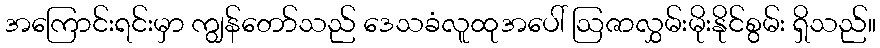
အကြောင်းရင်းမှာ ကျွန်တော်သည် ဒေသခံလူထုအပေါ် ဩဇာလွှမ်းမိုးနိုင်စွမ်း ရှိသည်။